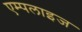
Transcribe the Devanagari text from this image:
एम्पलाइज